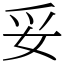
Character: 妥